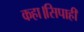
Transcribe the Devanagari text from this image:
कहा।सिपाही